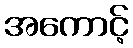
အကောင့်